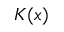
K ( \boldsymbol x )